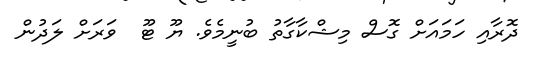
ދޮރާއި ހަމައަށް ގޮސް މިޝްކާގާތު ބުނީމެވެ. ޔޫ ޓޫ  ވަރަށް ލަދުން